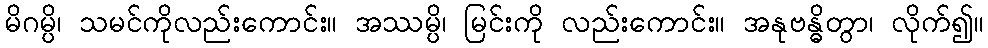
မိဂမ္ပိ၊ သမင်ကိုလည်းကောင်း။ အဿမ္ပိ၊ မြင်းကို လည်းကောင်း။ အနုဗန္ဓိတွာ၊ လိုက်၍။